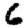
Digit: 6